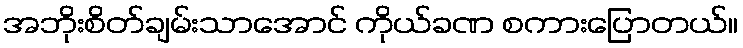
အဘိုးစိတ်ချမ်းသာအောင် ကိုယ်ခဏ စကားပြောတယ်။